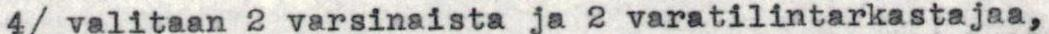
4/ valitaan 2 varsinaista ja 2 varatilintarkastajaa,